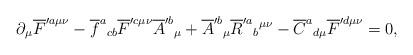
LaTeX: \begin{align*}\partial {}_{\mu }\overline{F}^{\prime a\mu \nu }-\overline{f}^{a}{}_{cb}\overline{F}^{\prime c\mu \nu }\overline{A}^{\prime b}{}_{\mu }{} +\overline{A}^{\prime b}{}_{\mu }\overline{R}^{\prime a}{}_{b}{}^{\mu \nu}-\overline{C}^{a}{}_{d\mu } \overline{F}^{\prime d\mu \nu }=0,\end{align*}